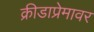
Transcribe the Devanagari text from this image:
क्रीडाप्रेमावर